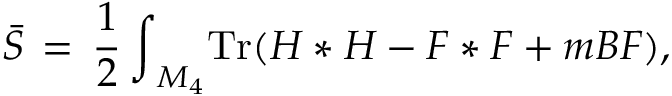
{ \bar { \cal { S } } } \, = \, { \frac { 1 } { 2 } } \, { \int } _ { M _ { 4 } } \mathrm { T r } ( H * H - F * F + m B F ) ,